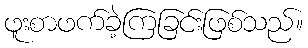
ဖူးစာဖက်ခဲ့ကြခြင်းဖြစ်သည်။